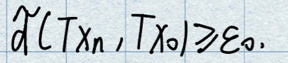
\(d(Tx_n, Tx_0) \geq \varepsilon_0.\)